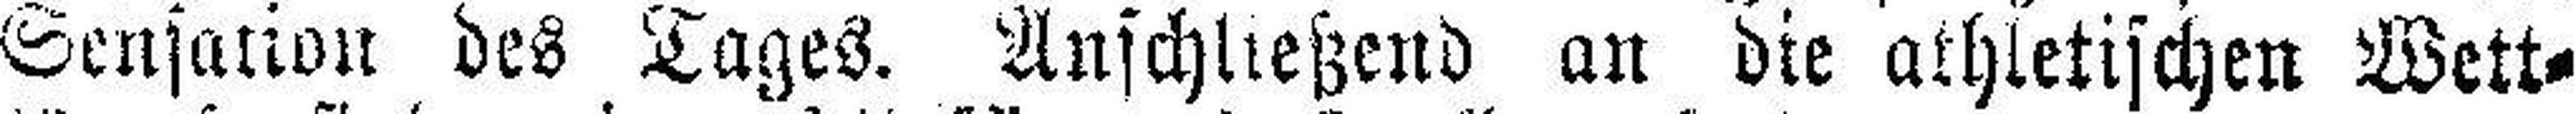
Sensation des Tages. Anschließend an die athletischen Wett¬